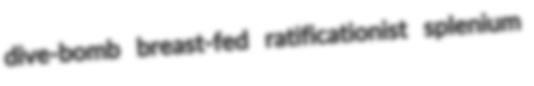
dive-bomb breast-fed ratificationist splenium